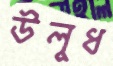
উলুধ